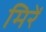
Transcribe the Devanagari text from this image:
मिरें